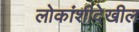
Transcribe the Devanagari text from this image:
लोकांशीदेखील